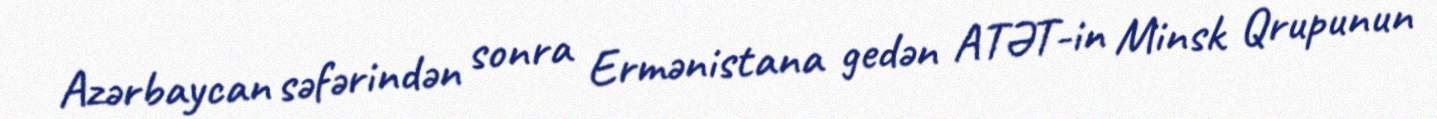
Azərbaycan səfərindən sonra Ermənistana gedən ATƏT-in Minsk Qrupunun